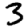
Digit: 3